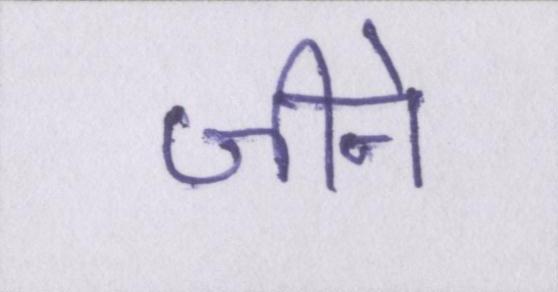
जीने